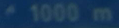
1000m